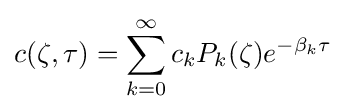
c(\zeta ,\tau )=\sum _{k=0}^{\infty }c_{k}P_{k}(\zeta )e^{-\beta _{k}\tau }